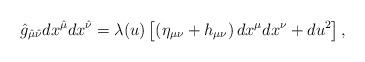
LaTeX: \begin{align*}\hat{g}_{\hat{\mu}\hat{\nu}}dx^{\hat{\mu}}dx^{\hat{\nu}}=\lambda(u)\left[\left(\eta_{\mu\nu}+h_{\mu\nu}\right)dx^{\mu}dx^{\nu}+du^2\right],\end{align*}